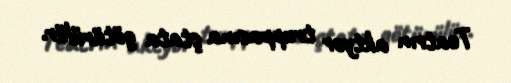
Teatrın aktyor truppasına ştata götürülür.